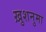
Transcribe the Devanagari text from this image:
ख़ुशनुमा